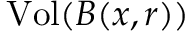
{ \mathrm { V o l } } ( B ( x , r ) )